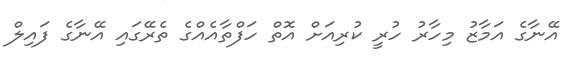
އޭނާގެ އަމާޒު މިހާރު ހުރީ ކުރިއަށް އޮތް ހަފްތާއެއްގެ ތެރޭގައި އޭނާގެ ފައިލް